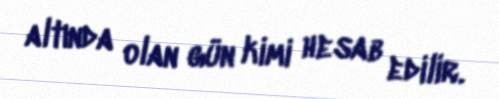
altında olan gün kimi hesab edilir.